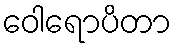
ဝေါရောပိတာ